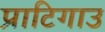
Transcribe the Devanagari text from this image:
प्राटिगाउ